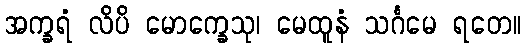
အက္ခရံ လိပိ မောက္ခေသု၊ မေထူနံ သင်္ဂမေ ရတေ။